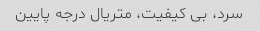
سرد، بی کیفیت، متریال درجه پایین